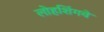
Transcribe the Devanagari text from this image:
लोहशिंगवे